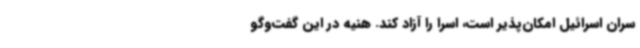
سران اسرائیل امکان‌پذیر است، اسرا را آزاد کند. هنیه در این گفت‌وگو